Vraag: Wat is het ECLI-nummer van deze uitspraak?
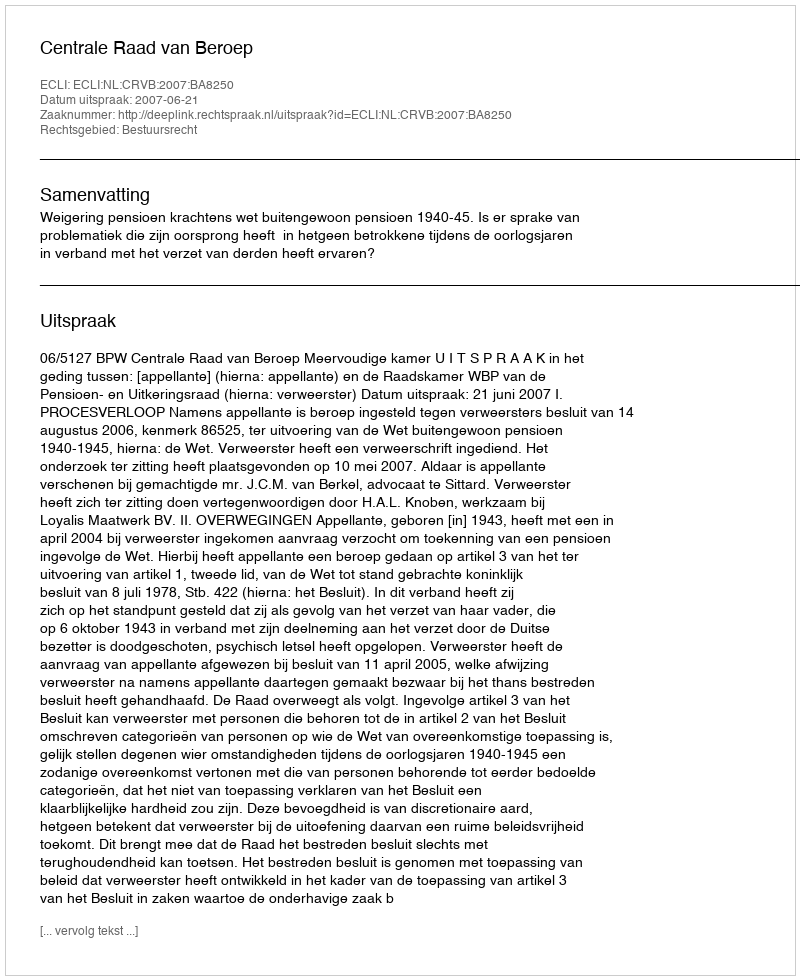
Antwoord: ECLI:NL:CRVB:2007:BA8250